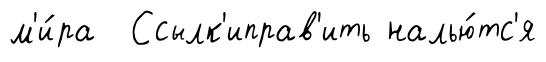
м'и́ра Ссылк'иправ'ить налью́тс'я